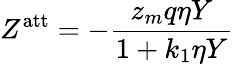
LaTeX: Z^{\mathrm{{att}}}=-{\frac{z_{m}q\eta Y}{1+k_{1}\eta Y}}